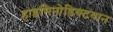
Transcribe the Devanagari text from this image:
हाइमिनोडिक्टयान